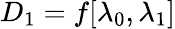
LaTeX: D_{1}=f[\lambda_{0},\lambda_{1}]